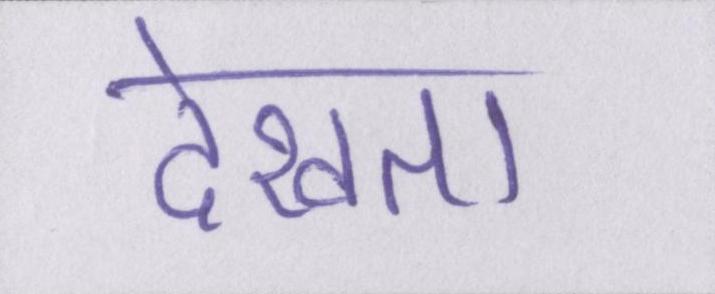
देखता